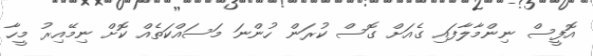
އޮފީސް ނިންމާލާފައި ގެއަށް ގޮސް ކުރަން ހުންނަ މަސައްކަތެއް ކޮށް ނިމޭއިރު މީހާ